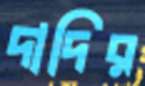
দাদির